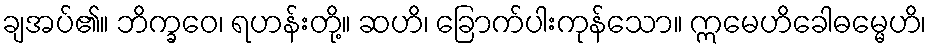
ချအပ်၏။ ဘိက္ခဝေ၊ ရဟန်းတို့။ ဆဟိ၊ ခြောက်ပါးကုန်သော။ ဣမေဟိခေါဓမ္မေဟိ၊